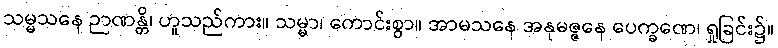
သမ္မသနေ ဉာဏန္တိ၊ ဟူသည်ကား။ သမ္မာ၊ ကောင်းစွာ။ အာမသနေ အနုမဇ္ဇနေ ပေက္ခဏေ၊ ရှုခြင်း၌။